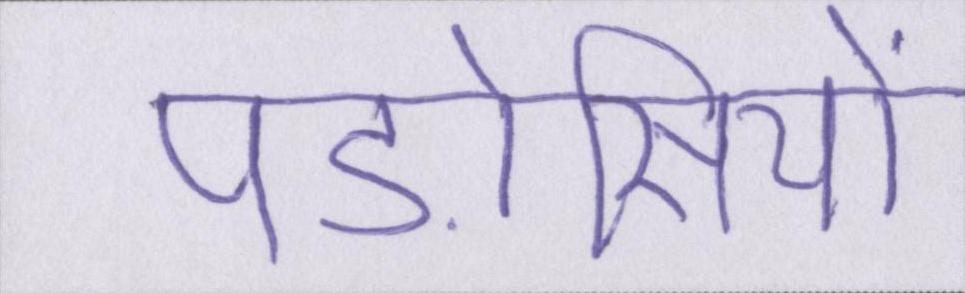
पड़ोसियों